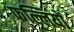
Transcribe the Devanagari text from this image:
फल्लियों